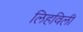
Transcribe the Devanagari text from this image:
लिहविली